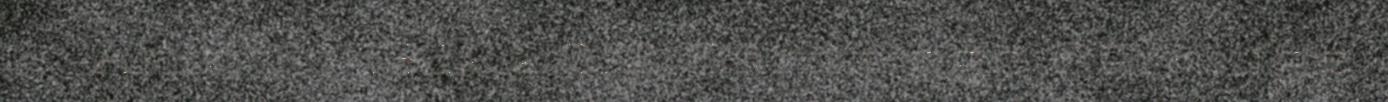
Anarist 13.12.2012 Sämitigge Sämitige